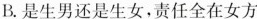
B.是生男还是生女，责任全在女方